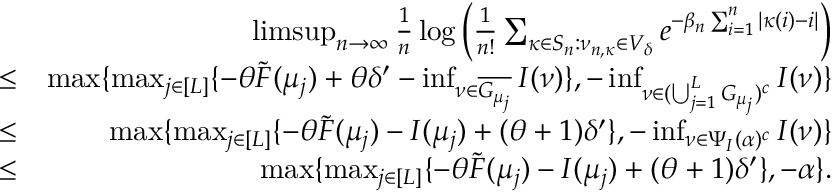
\begin{array} { r l r } & { } & { \operatorname* { l i m s u p } _ { n \rightarrow \infty } \frac { 1 } { n } \log \Big ( \frac { 1 } { n ! } \sum _ { \kappa \in S _ { n } : \nu _ { n , \kappa } \in V _ { \delta } } e ^ { - \beta _ { n } \sum _ { i = 1 } ^ { n } | \kappa ( i ) - i | } \Big ) } \\ & { \leq } & { \operatorname* { m a x } \{ \operatorname* { m a x } _ { j \in [ L ] } \{ - \theta \tilde { F } ( \mu _ { j } ) + \theta \delta ^ { \prime } - \operatorname* { i n f } _ { \nu \in \overline { { G _ { \mu _ { j } } } } } I ( \nu ) \} , - \operatorname* { i n f } _ { \nu \in ( \bigcup _ { j = 1 } ^ { L } G _ { \mu _ { j } } ) ^ { c } } I ( \nu ) \} } \\ & { \leq } & { \operatorname* { m a x } \{ \operatorname* { m a x } _ { j \in [ L ] } \{ - \theta \tilde { F } ( \mu _ { j } ) - I ( \mu _ { j } ) + ( \theta + 1 ) \delta ^ { \prime } \} , - \operatorname* { i n f } _ { \nu \in \Psi _ { I } ( \alpha ) ^ { c } } I ( \nu ) \} } \\ & { \leq } & { \operatorname* { m a x } \{ \operatorname* { m a x } _ { j \in [ L ] } \{ - \theta \tilde { F } ( \mu _ { j } ) - I ( \mu _ { j } ) + ( \theta + 1 ) \delta ^ { \prime } \} , - \alpha \} . } \end{array}